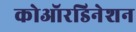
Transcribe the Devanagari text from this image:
कोऑरडिनेशन